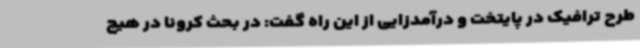
طرح ترافیک در پایتخت و درآمدزایی از این راه گفت: در بحث کرونا در هیچ